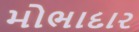
મોભાદાર